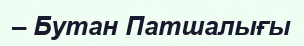
– Бутан Патшалығы